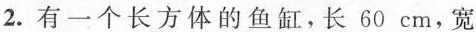
2.有一个长方体的鱼缸，长60cm，宽